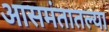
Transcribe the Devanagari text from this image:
आसमंतातल्या